Civil Veterinary Department Bihar & Orissa reports 1929-36 - 1929-1936
Year: 1929
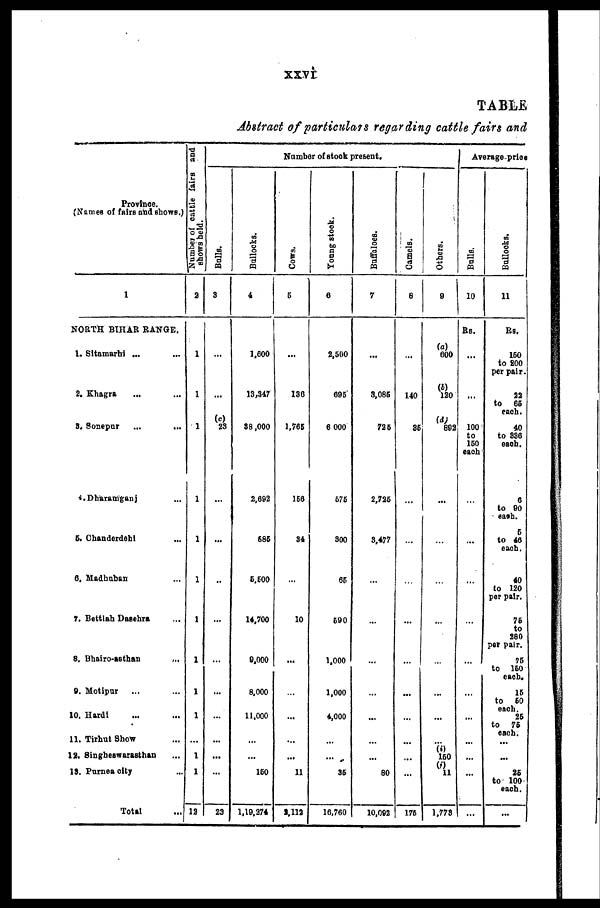
xxvi
TABLE
Abstract of particulars regarding cattle fairs and
Province.
(Names of fairs and shows.)
1
NORTH BIHAR RANGE.
1. Sitamarhi ... ...
2. Khagra ... ...
8. Sonepur
...
...
4.Dharamganj ...
5.Chanderdehi ...
6. Madhuban ...
7. Bettiah Dasehra ...
8. Bhairo-asthan ...
9. Motipur ... ...
10. Hardi ... ...
11. Tirhut Show ...
12. Singheswarsthan ...
18. Purnea city ...
Total ...
Number
of cattle fairs and
shows held.
2
1
1
1
1
1
1
1
1
1
1
...
1
1
12
Number of stock present.
Bulls.
3
...
...
(c)
23
...
...
...
...
...
...
...
...
...
...
23
Bullocks.
4
1,600
13,347
38,000
2,692
883
5,500
14,700
9,000
8,000
11,000
...
160
1,10,274
Cows,
5
...
136
1,763
166
34
...
10
...
...
...
...
...
11
2,112
Young stock.
6
2,500
695
6 000
676
300
65
690
1,000
1,000
4,000
...
...
36
16,760
Buffaloes.
7
...
3,086
726
2,726
3,477
...
...
...
...
...
...
...
80
10,092
Camels.
8
...
140
35
...
...
...
...
...
...
...
...
...
...
176
Others.
9
(a)
600
(b)
120
(d)
802
...
...
...
...
...
...
(i)
150
(j)
11
1,773
Average-price
Bulls.
10
Rs.
...
...
100
to
160
each
...
...
...
...
...
...
...
...
...
...
...
Bullocks.
11
Rs.
160
to 200
per pair.
22
to 65
each.
40
to 336
each.
6
to 90
each.
6
to 46
each.
40
to 120
per pair.
76
to
280
per pair.
75
to 150
each.
15
to 60
each.
25
to 76
each.
...
...
25
to 100
each.
...